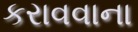
કરાવવાના